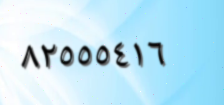
٨٢٥٥٥٤١٦